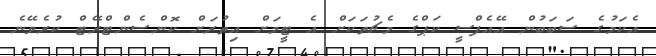
އެކަމުގެ ސަބަބުން އޭއެފްސީ ކަޕްގެ މެޗުތަކަށް އެ ޓީމަށް އިތުރަށް ކޮންސެންޓްރޭޓް ކުރެވޭނެ